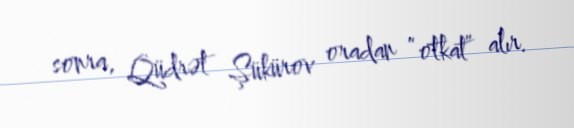
sonra, Qüdrət Şükürov oradan “otkat” alır.